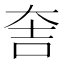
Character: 𮰵